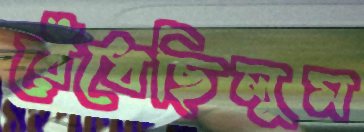
রেঁধেছিলুম